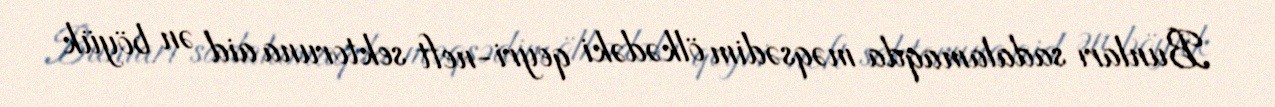
Bunları sadalamaqda məqsədim ölkədəki qeyri-neft sektoruna aid ən böyük